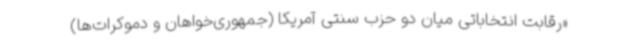
«رقابت انتخاباتی میان دو حزب سنتی آمریکا (جمهوری‌خواهان و دموکرات‌ها)